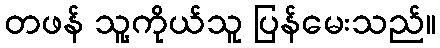
တဖန် သူ့ကိုယ်သူ ပြန်မေးသည်။